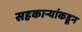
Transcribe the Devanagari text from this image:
सहकाऱ्यांकडून